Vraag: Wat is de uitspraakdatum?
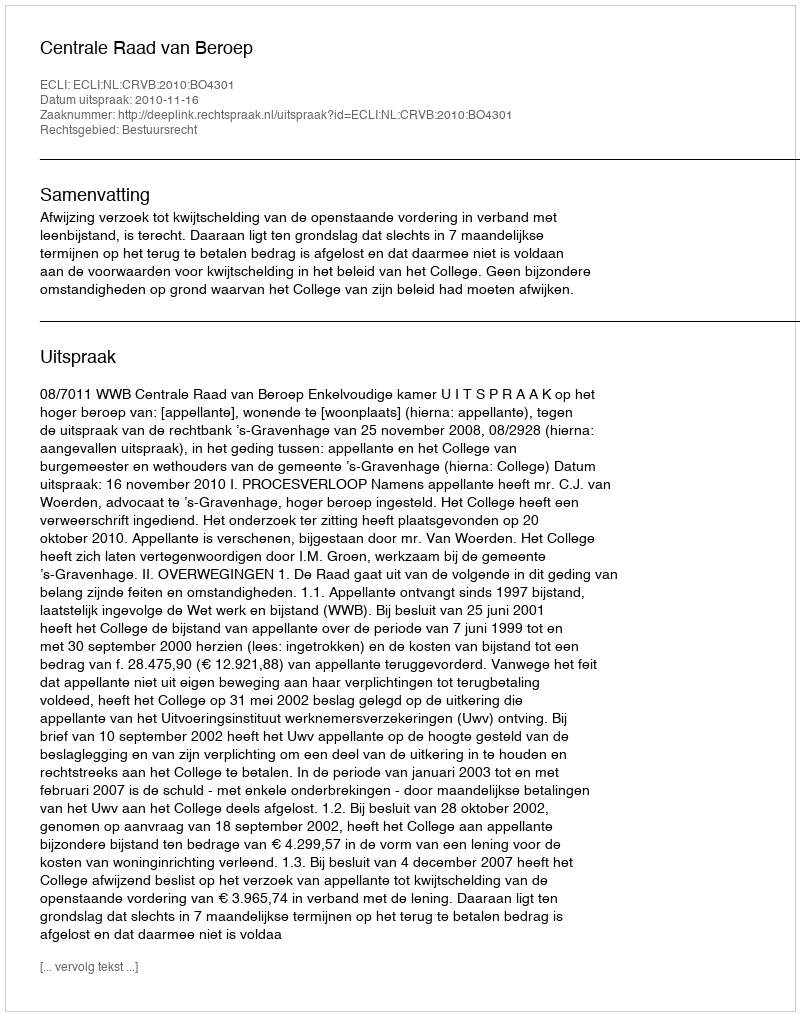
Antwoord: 2010-11-16